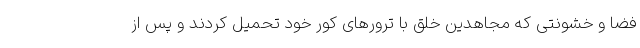
فضا و خشونتی که مجاهدین خلق با ترورهای کور خود تحمیل کردند و پس از